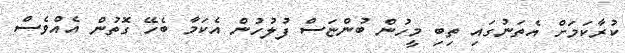
ކުރާކަމަށް އެތަނުގައި ތިބި މީހުން ބުންޏަސް ފުލުހުން އެކަމާ ބެހޭ ގޮތުން އެއްވެސް